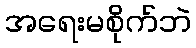
အရေးမစိုက်ဘဲ